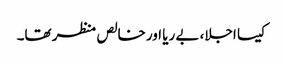
کیسا اجلا، بے ریا اور خالص منظر تھا۔